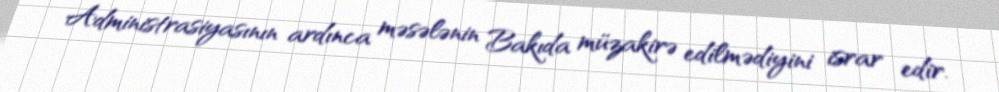
Administrasiyasının ardınca məsələnin Bakıda müzakirə edilmədiyini israr edir.